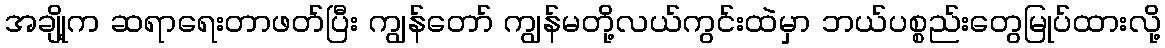
အချို့က ဆရာရေးတာဖတ်ပြီး ကျွန်တော် ကျွန်မတို့လယ်ကွင်းထဲမှာ ဘယ်ပစ္စည်းတွေမြုပ်ထားလို့